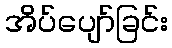
အိပ်ပျော်ခြင်း